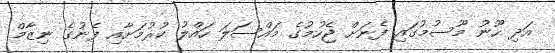
އަދި ހޫނު މޫސުމުގައި ފެނަށް ޖެހުމުގެ މައްސަލަ ހައްލު ކުރުމަށާއި ފެނުގެ ނިޒާމް